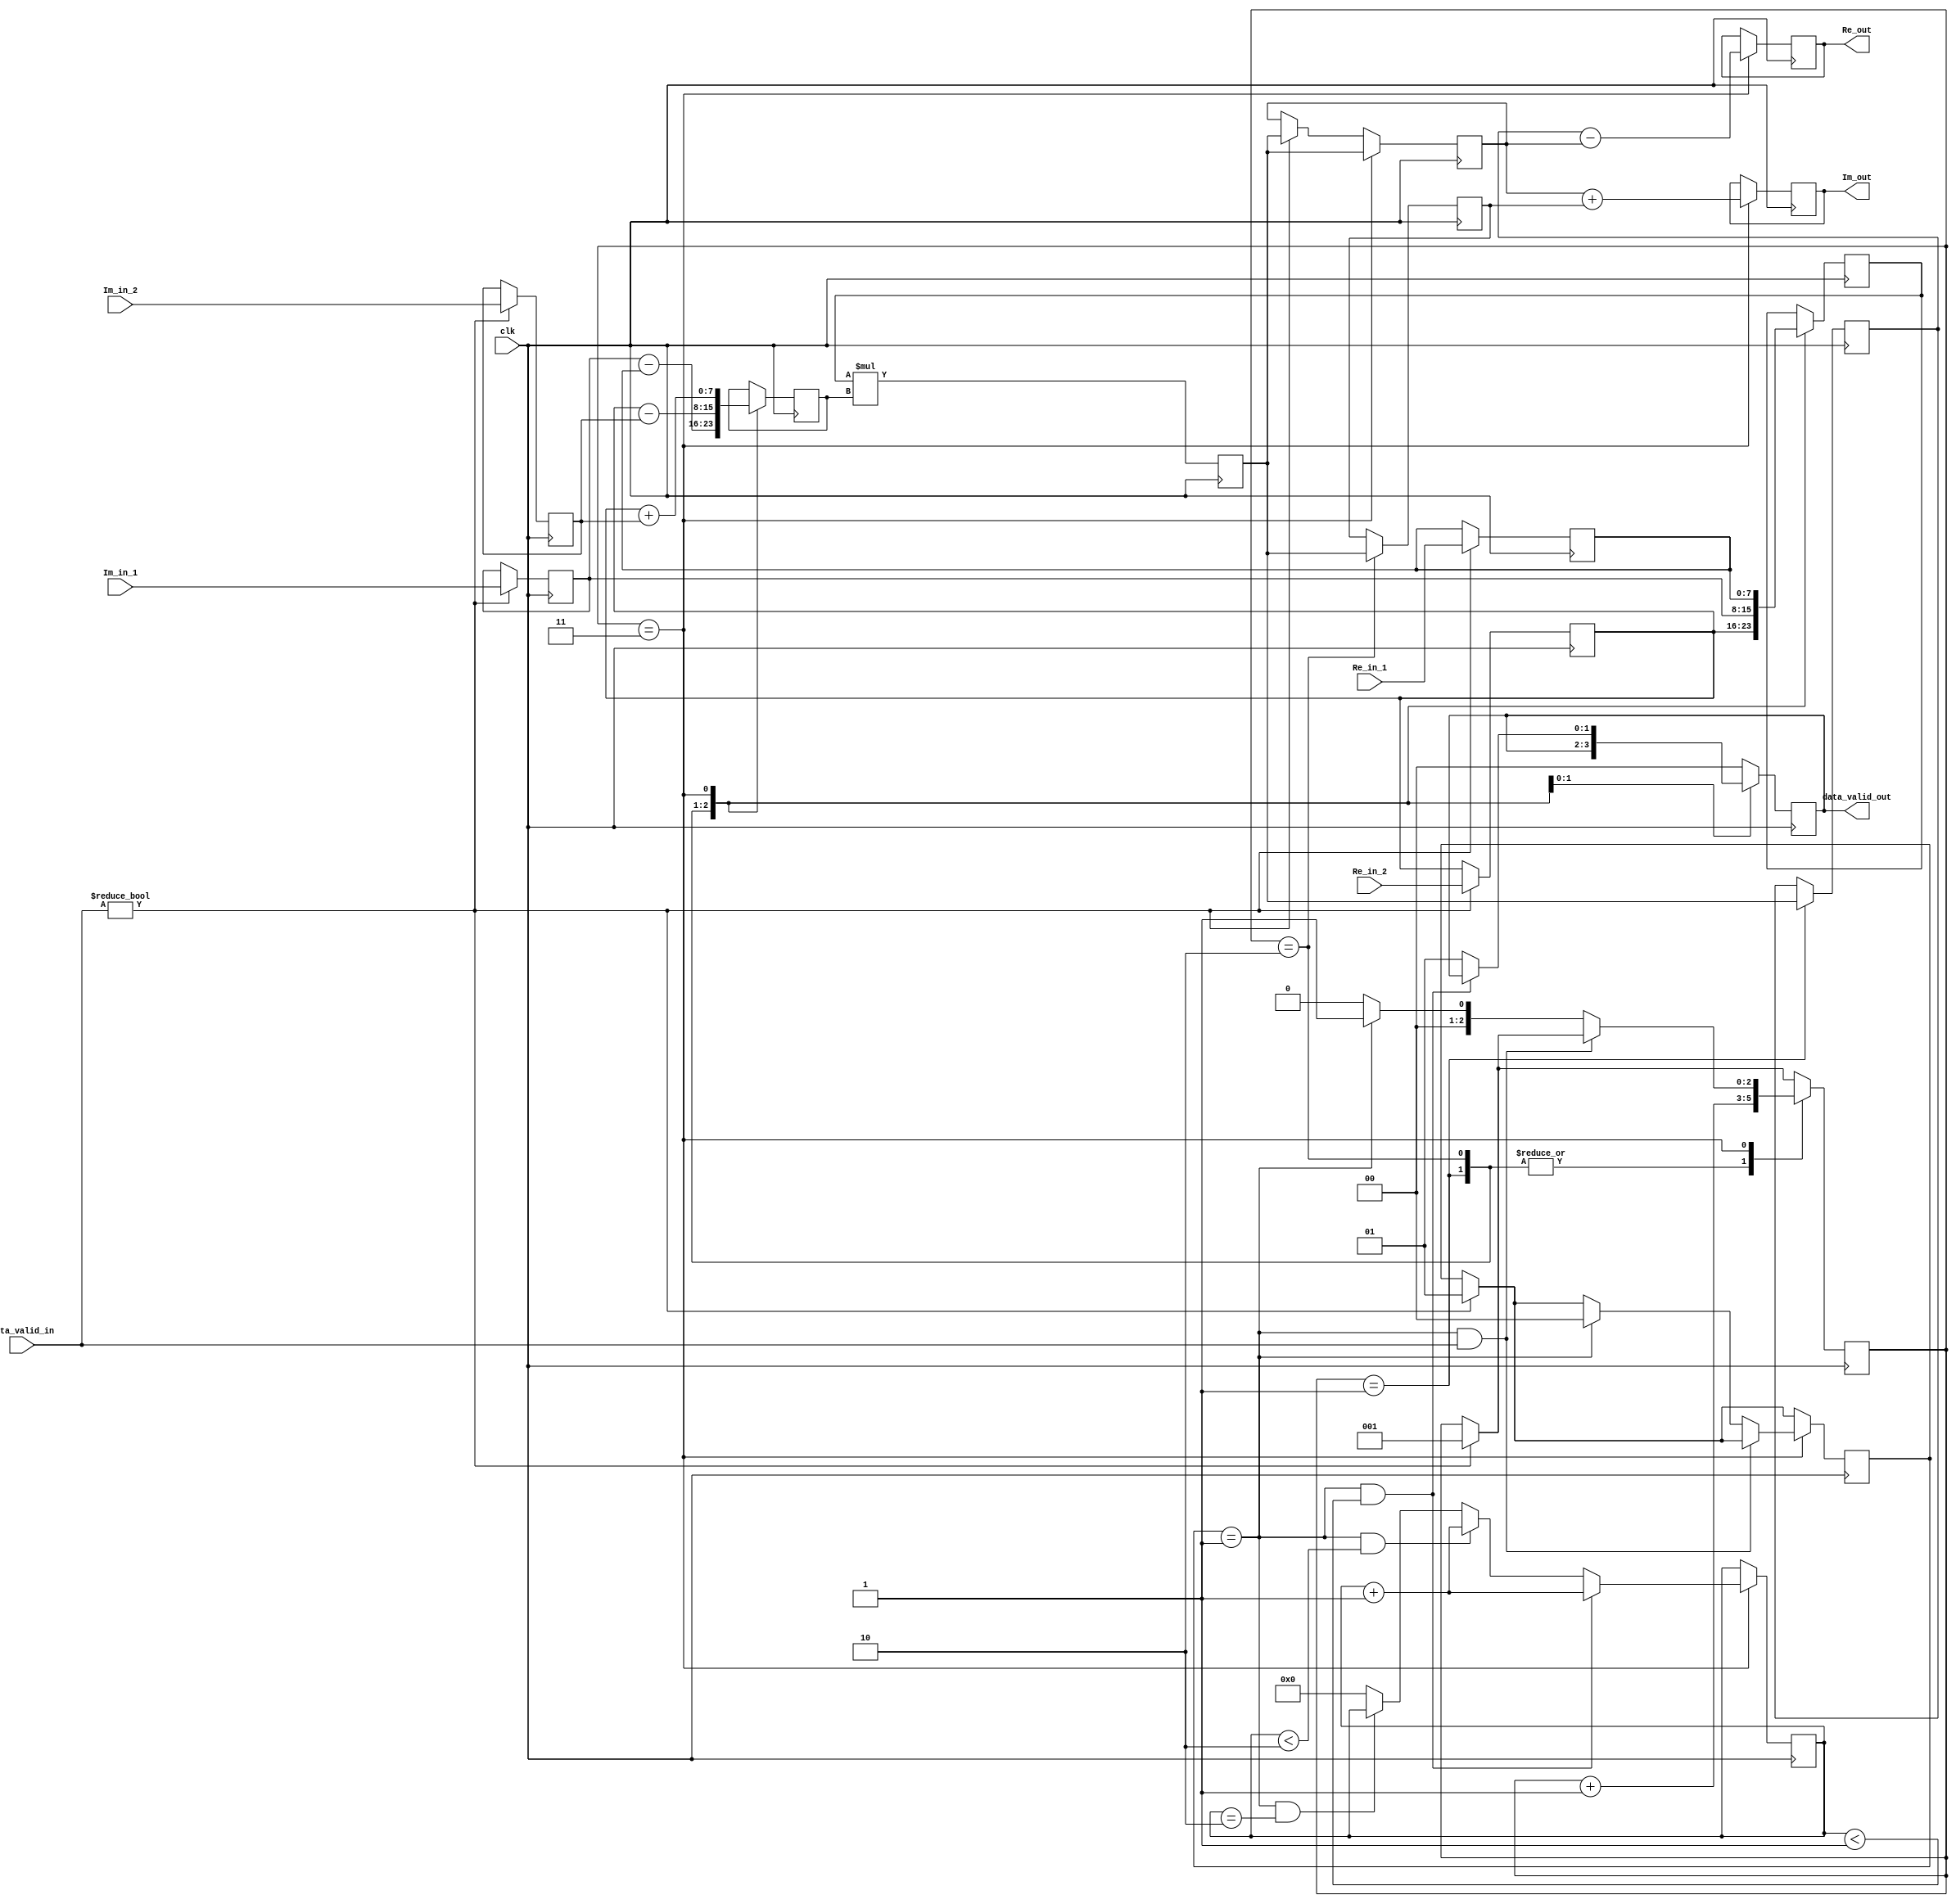



module Complex_Multiplier (
	input clk,  
	input signed  [7:0] Re_in_1,
	input signed  [7:0] Im_in_1, 
    input signed  [7:0] Re_in_2, 
    input signed  [7:0] Im_in_2, 
    input signed [1:0] data_valid_in,
    output signed  [15:0] Re_out, 
    output signed  [15:0] Im_out,
	output signed  [1:0] data_valid_out
);

reg [7:0] a = 0;
reg [7:0] b = 0;
reg [7:0] c = 0;
reg [7:0] d = 0;

reg [15:0] k1 = 0;
reg [15:0] k2 = 0;
reg [15:0] k3 = 0;
reg [15:0] x = 0;
reg [15:0] y = 0;

reg [2:0] state = 0;
reg [1:0] flag = 0;
reg [3:0] cnt = 0;
reg [1:0] data_good_out = 0;

reg signed [7:0] operand1 = 0; 
reg signed [7:0] operand2 = 0;
reg signed [15:0] result = 0; 

  	always @(posedge clk) begin
		result <= operand1 * operand2;
    end


  	always @(posedge clk) begin

    if (data_valid_in) 
	begin
		a <= Re_in_1;
		b <= Im_in_1;
		c <= Re_in_2;
		d <= Im_in_2;
		state <= 1;
		//data_good_out <= 0;
		k1 <= result;
		flag <= 1;
	end

	case (state)
		1: begin
		// k1 = c * (a - b)
		operand1 <= c;
		operand2 <= (b - a);
		k2 <= result;
		data_good_out <= 0;

		// Move to the next state
		state <= state + 1;
		end
		2: begin
		// k2 = b * (c - d)
		operand1 <= b;
		operand2 <= (c - d);
		k3 <= result;

		// Move to the next state
		state <= state + 1;
		// flag <= 1;
		end
		3: begin
		// k3 = a * (c + d)
		operand1 <= a;
		operand2 <= (c + d);
		k1 <= result;

		// x = k2 - k1
		x <= k2 - k1;

		// y = k1 + k3
		y <= k1 + k3;

		if (flag == 1 && data_valid_in) 
		begin
		end else
		if (flag == 1 ) 
		begin
			state <= 1;
			flag <= 0;
		end else 
		begin
			state <= 0;
		end

		if (flag == 1 && cnt < 1) 
		begin
			cnt <= cnt + 1;
		end else
		if (flag == 1 && cnt < 2) 
		begin
			data_good_out <= 1;
			cnt <= cnt + 1;
		end else
		if (flag == 1 && cnt == 2) 
		begin
			data_good_out <= 1;
		end else
		begin
			data_good_out <= 1;
			cnt <= 0;
		end

		end
		default: begin
		data_good_out <= 0;
		end
	endcase
    
  end
  assign Re_out = x;
  assign Im_out = y;
  assign data_valid_out = data_good_out;

endmodule